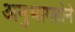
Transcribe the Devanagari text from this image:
अनुभागहोने